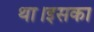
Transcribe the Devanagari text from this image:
था।इसका